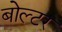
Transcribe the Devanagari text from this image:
बोल्टर